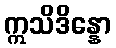
ဣသိဒိန္နော